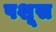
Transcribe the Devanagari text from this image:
पशूस